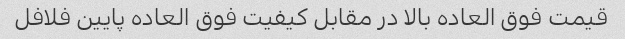
قیمت فوق العاده بالا در مقابل کیفیت فوق العاده پایین فلافل